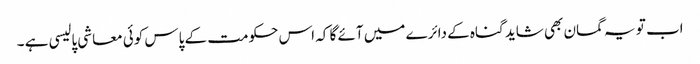
اب تو یہ گمان بھی شاید گناہ کے دائرے میں آئے گا کہ اس حکومت کے پاس کوئی معاشی پالیسی ہے ۔